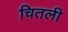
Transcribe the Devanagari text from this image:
चितली